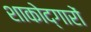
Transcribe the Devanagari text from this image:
शाकोद्गारों